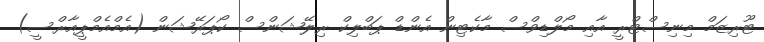
ޓޫރިޒަމް މިނިސްޓްރީ އާއި މޯލްޑިވްސް މާކެޓިން އެންޑް ޕަބްލިކް ރިލޭޝަންސް ކޯޕަރޭޝަން (އެމްއެމްޕީއާރްސީ)